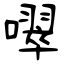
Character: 噿